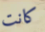
كانت